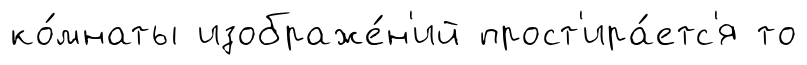
ко́мнаты изображе́н'ий прост'ира́етс'я то